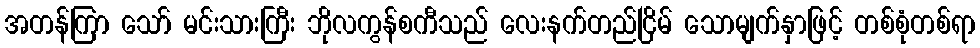
အတန်ကြာ သော် မင်းသားကြီး ဘိုလကွန်စကီသည် လေးနက်တည်ငြိမ် သောမျက်နှာဖြင့် တစ်စုံတစ်ရာ